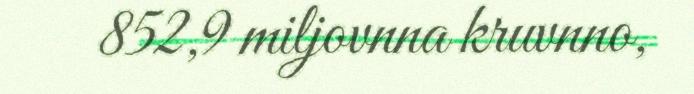
852,9 miljovnna kruvnno,